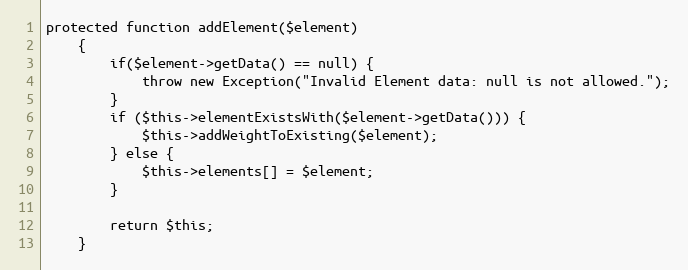
Language: PHP
protected function addElement($element)
    {
        if($element->getData() == null) {
            throw new Exception("Invalid Element data: null is not allowed.");
        }
        if ($this->elementExistsWith($element->getData())) {
            $this->addWeightToExisting($element);
        } else {
            $this->elements[] = $element;
        }

        return $this;
    }